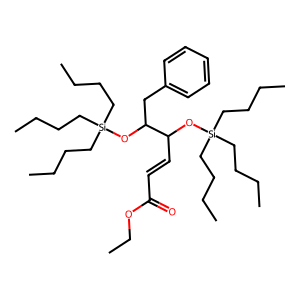
SMILES: CCCC[Si](CCCC)(CCCC)OC(C=CC(=O)OCC)C(Cc1ccccc1)O[Si](CCCC)(CCCC)CCCC
Inhibits HIV replication: No